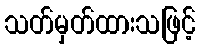
သတ်မှတ်ထားသဖြင့်